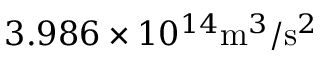
3 . 9 8 6 \times 1 0 ^ { 1 4 } \mathrm { m } ^ { 3 } / \mathrm { s } ^ { 2 }